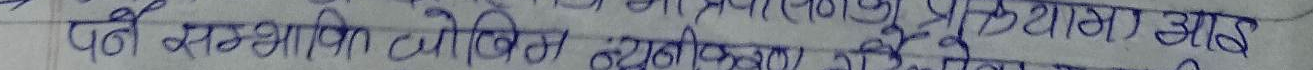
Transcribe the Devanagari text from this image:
पूर्ण स्मझि जोखिम ब्याख्या का प्रयोग आह